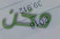
دخن